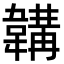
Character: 韝